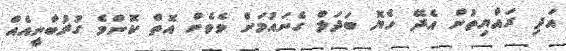
އަދި ރައްޔިތުން އެދޭ ހެޔޮ ބަދަލް ގެނައުމަށް ވެވެން އޮތް ކޮންމެ ގުރުބާނީއެއް